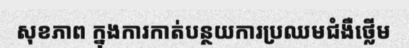
សុខភាព ក្នុងការកាត់បន្ថយការប្រឈមជំងឺថ្លើម